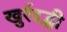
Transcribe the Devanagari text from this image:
खुर्रदद्बी